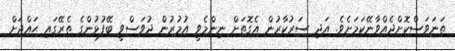
ތަނަވަސްކޮށްދެއްވާނޭކަމަށެވެ. އަދި ސަރުކާރުން އެގޮތަށް ނިންމެވީ އުމުރުން ދުވަސްވީ ބޭފުޅުންގެ ތެރޭގައި ޙައްޖަށް